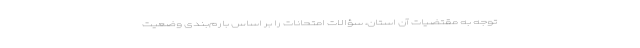
توجه به مقتضیات آن استان، سؤالات امتحانات را بر اساس بارم‌بندی وضعیت